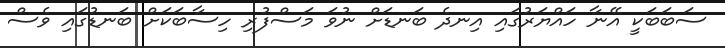
ސަބަބަކީ އޭނާ ހައްޔަރުގައި އިނދެ ބަނޑަށް ނުވަ މަސްފުރި ހިސާބަކަށް ބަނޑުގައި ވެސް